Vaccination in Bombay 1902-1912 - 1902-1912
Year: 1902
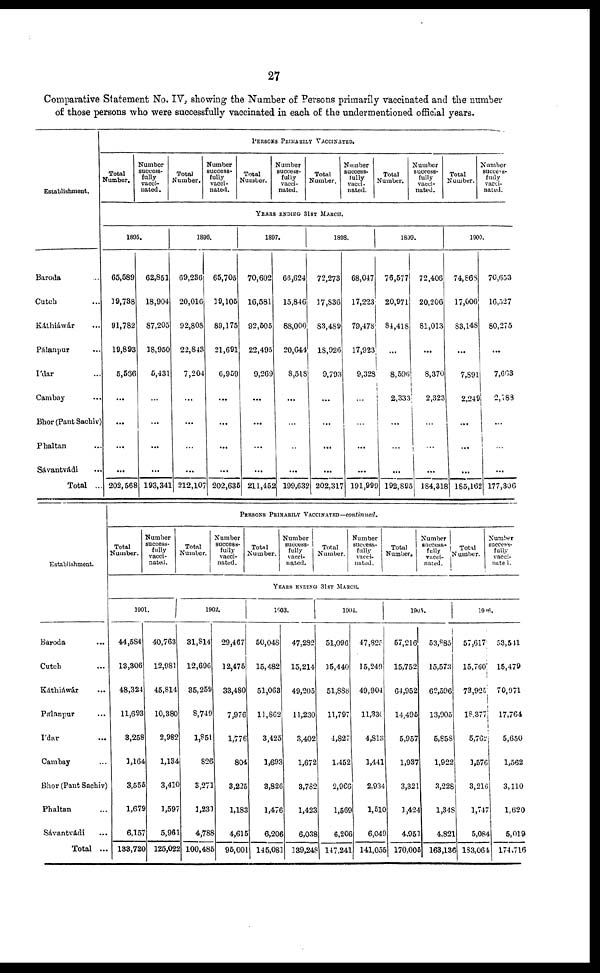
27
Comparative Statement No. IV, showing the Number of Persons primarily vaccinated and the number
of those persons who were successfully vaccinated in each of the undermentioned official years.
Establishment.
Baroda ...
Cutch ...
Káthiáwár
Pálanpur ...
I'dar ...
Cambay ...
Bhor (Pant Sachiv)
Phaltan ...
Sávantvádi ...
Total ...
PERSONS PRIMARILY VACCINATED.
Total
Number.
Number
success¬
fully
vacci¬
nated.
Total
Number.
Number
success-
fully
vacci-
nated.
Total
Number.
Number
success-
fully
vacci-
nated.
Total
Number.
Number
success-
fully
vacci¬
nated.
Total
Number.
Number
success-
fully
vacci-
nated.
Total
Number.
Number
success-
fully
vacci-
nated.
YEARS ENDING 31ST MARCH.
1895.
65,589
19,738
91,782
19,893
5,566
...
...
...
...
202,568
62,851
18,904
87,205
18,950
5,431
...
...
...
...
193,341
1896.
69,236
20,016
92,808
22,843
7,204
...
...
...
...
212,107
65,705
19,105
89,175
21,691
6,959
...
...
...
...
202,635
1897.
70,602
16,581
92,505
22,495
9,269
...
...
...
...
211,452
66,624
15,846
88,000
20,644
8,518
...
...
...
...
199,632
1898.
72,273
17,836
83,489
18,926
9,793
...
...
...
...
202,317
68,047
17,223
79,478
17,923
9,328
...
...
...
...
191,999
1899.
76,577
20,971
84,418
...
8,596
2,333
...
...
...
192,895
72,406
20,206
81,013
...
8,370
2,323
...
...
...
184,318
1900.
74,868
17,006
83,148
...
7,891
2,249
...
...
...
185,162
70,653
16,527
80,275
...
7,663
2,183
...
...
...
177,306
Establishment.
Baroda ...
Cutch ...
Káthiáwár ...
Pálanpur ...
I'dar
...
Cambay ...
Bhor (Pant Sachiv)
Phaltan ...
Sávantvádi ...
Total ...
PERSONS PRIMARILY VACCINATED—continued.
Total
Number.
Number
success-
fully
vacci-
nated.
Total
Number.
Number
success-
fully
vacci-
nated.
Total
Number.
Number
success¬
fully
vacci-
nated.
Total
Number.
Number
success-
fully
vacci-
nated.
Total
Number.
Number
success¬
fully
vacci¬
nated.
Total
Number.
Number
success-
fully
vacci-
nated.
YEARS ENDING 31ST MARCH.
1901.
44,584
13,306
48,324
11,693
3,258
1,164
3,555
1,679
6,157
133,720
40,763
12,981
45,814
10,380
2,982
1,134
3,410
1,597
5,961
125,022
1902.
31,814
12,696
35,259
8,749
1,851
826
3,271
1,231
4,788
100,485
29,467
12,475
33,480
7,976
1,776
804
3,225
1,183
4,615
95,001
1903.
50,048
15,482
51,063
11,862
3,425
1,693
3,826
1,476
6,206
145,081
47,282
15,214
49,205
11,230
3,402
1,672
3,782
1,423
6,038
139,248
1904.
51,096
15,440
51,888
11,797
4,827
1,452
2,966
1,569
6,206
147,241
47,825
15,249
49,904
11,330
4,813
1,441
2,934
1,510
6,049
141,055
1905.
57,216
15,752
64,952
14,495
5,957
1,937
3,321
1,424
4,951
170,005
53,885
15,573
62,596
13,905
5,858
1,922
3,228
1,348
4,821
163,136
1906.
57,617
15,760
73,925
18,877
5,762
1,576
3,216
1,747
5,084
133,064
53,541
15,479
70,971
17,764
5,650
1,562
3,110
1,620
5,019
174,716